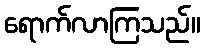
ရောက်လာကြသည်။